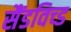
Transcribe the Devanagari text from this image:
सैंडविच्ड